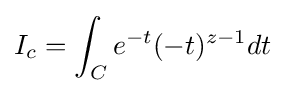
I_{c}=\int _{C}e^{-t}(-t)^{z-1}dt